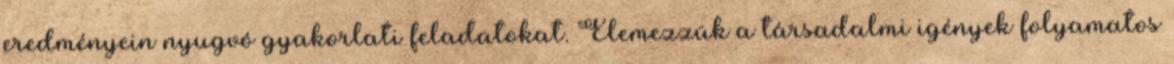
eredményein nyugvó gyakorlati feladatokat. Elemezzük a társadalmi igények folyamatos